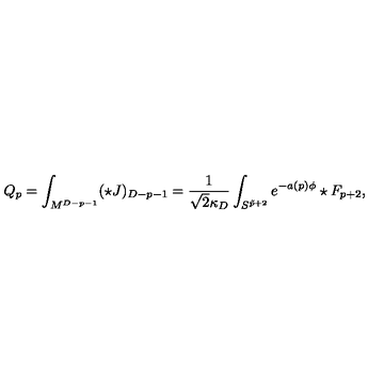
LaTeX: Q _ { p } = \int _ { M ^ { D - p - 1 } } ( \star J ) _ { D - p - 1 } = { \frac { 1 } { \sqrt { 2 } \kappa _ { D } } } \int _ { S ^ { \tilde { p } + 2 } } e ^ { - a ( p ) \phi } \star F _ { p + 2 } ,